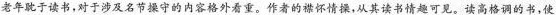
老年耽于读书，对于涉及名节操守的内容格外看重。作者的襟怀情操，从其读书情趣可见。读高格调的书，使